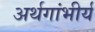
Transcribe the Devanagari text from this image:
अर्थगांभीर्य